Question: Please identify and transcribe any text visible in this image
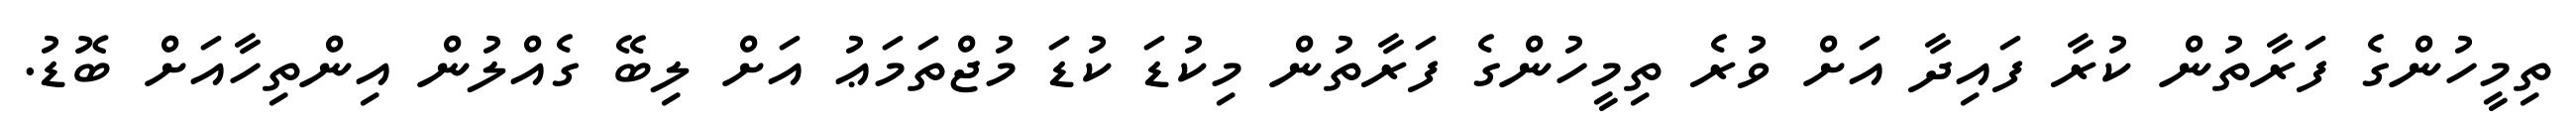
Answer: ތިމީހުންގެ ފަރާތުން ކުރާ ފައިދާ އަށް ވުރެ ތިމީހުންގެ ފަރާތުން މިކުޑަ ކުޑަ މުޖްތަމަޢު އަށް ލިބޭ ގެއްލުން އިންތިހާއަށް ބޮޑު.